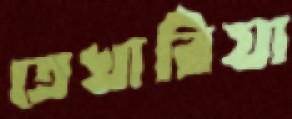
তেখারিয়া